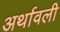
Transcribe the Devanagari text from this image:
अर्थावली